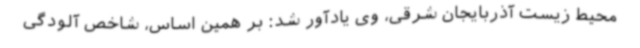
محیط زیست آذربایجان شرقی، وی یادآور شد: بر همین اساس، شاخص آلودگی